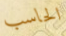
الحاسب